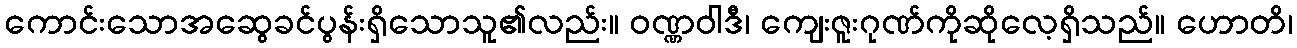
ကောင်းသောအဆွေခင်ပွန်းရှိသောသူ၏လည်း။ ဝဏ္ဏဝါဒီ၊ ကျေးဇူးဂုဏ်ကိုဆိုလေ့ရှိသည်။ ဟောတိ၊